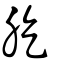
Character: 肐